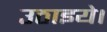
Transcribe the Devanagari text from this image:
उठाइये।